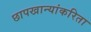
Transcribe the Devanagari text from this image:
छापखान्यांकरिता